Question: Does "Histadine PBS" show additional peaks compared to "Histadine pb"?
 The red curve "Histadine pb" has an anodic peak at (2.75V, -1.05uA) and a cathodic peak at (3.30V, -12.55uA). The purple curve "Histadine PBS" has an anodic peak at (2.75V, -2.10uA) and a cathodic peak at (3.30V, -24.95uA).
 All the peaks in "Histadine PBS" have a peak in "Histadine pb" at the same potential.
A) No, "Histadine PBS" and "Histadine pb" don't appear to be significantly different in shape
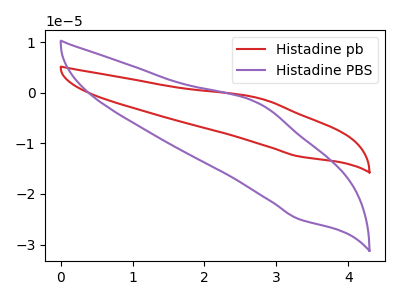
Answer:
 <answer>A) No, "Histadine PBS" and "Histadine pb" don't appear to be significantly different in shape</answer>
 <eval>A</eval>